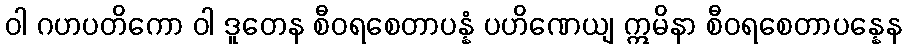
ဝါ ဂဟပတိကော ဝါ ဒူတေန စီဝရစေတာပန္နံ ပဟိဏေယျ ဣမိနာ စီဝရစေတာပန္နေန